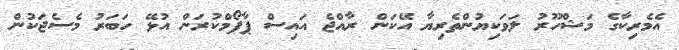
އެމެރިކާގެ މަޝްހޫރު ލަވަކިޔުންތެރިޔާ އޭކަން ރާއްޖެ އައިސް ޕާފޯމްކުރަން އުޅޭ ހަބަރު މެސެޖަކުން